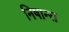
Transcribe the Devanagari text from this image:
निषान्त